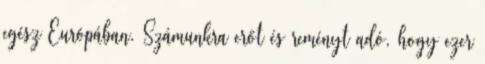
egész Európában. Számunkra erőt és reményt adó, hogy ezer